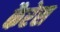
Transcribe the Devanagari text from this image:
कैरेस